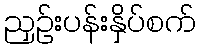
ညှဉ်းပန်းနှိပ်စက်